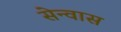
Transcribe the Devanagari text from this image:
सेन्वास